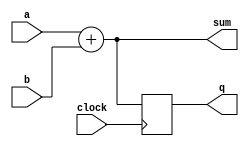
module combinational_and_sequential (
    input wire [3:0] a,        // 4-bit input for combinational logic
    input wire [3:0] b,        // 4-bit input for combinational logic
    input wire clock,          // Clock signal for sequential logic
    output reg [3:0] sum,      // Output for combinational logic (sum)
    output reg [3:0] q         // Output for sequential logic (register)
);

// Combinational Logic: Sum of two inputs
always @* begin
    sum = a + b;              // Continuous assignment of sum based on inputs a and b
end

// Sequential Logic: Flip-flop behavior
always @(posedge clock) begin
    q <= sum;                 // On clock edge, assign sum to register q
end

endmodule